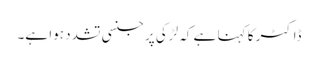
ڈاکٹر کا کہنا ہے کہ لڑکی پر جنسی تشدد ہوا ہے۔